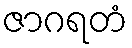
ဇာဂရတံ